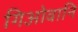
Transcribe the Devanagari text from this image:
गिओवानि